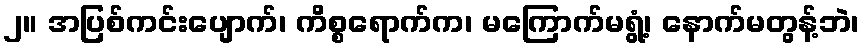
၂။ အပြစ်ကင်းပျောက်၊ ကိစ္စရောက်က၊ မကြောက်မရွံ့၊ နောက်မတွန့်ဘဲ၊